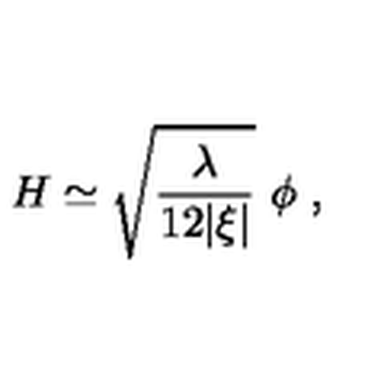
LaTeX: H \simeq \sqrt { \frac { \lambda } { 1 2 | \xi | } } \ \phi \ ,